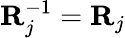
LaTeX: \mathbf{R}_{j}^{-1}=\mathbf{R}_{j}